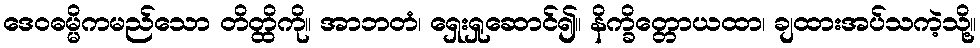
ဒေဝဓမ္မိကမည်သော တိတ္ထိကို။ အာဘတံ၊ ရှေးရှုဆောင်၍။ နိက္ခိတ္တောယထာ၊ ချထားအပ်သကဲ့သို့။